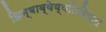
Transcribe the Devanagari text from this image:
झिम्बाब्वेव्यतिरिक्त